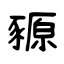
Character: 豲